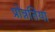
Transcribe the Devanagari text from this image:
प्रोन्नतियां